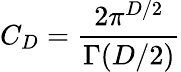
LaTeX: C_{D}={\frac{2\pi^{D/2}}{\Gamma(D/2)}}